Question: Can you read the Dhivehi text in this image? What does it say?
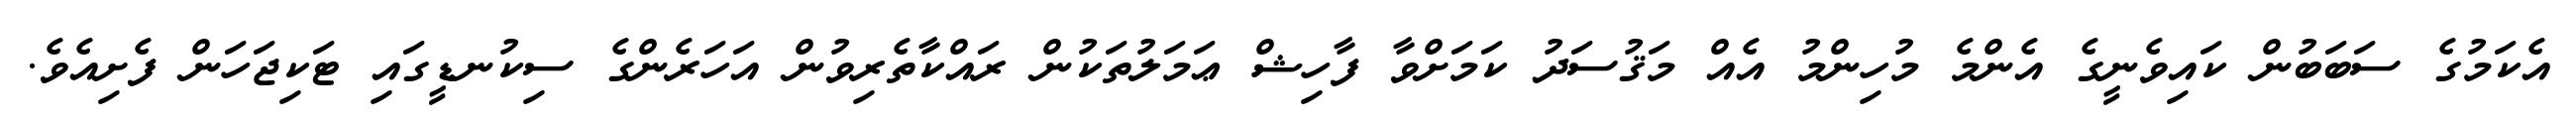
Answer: އެކަމުގެ ސަބަބުން ކައިވެނީގެ އެންމެ މުހިންމު އެއް މަޤުސަދު ކަމަށްވާ ފާހިޝް ޢަމަލުތަކުން ރައްކާތެރިވުން އަހަރެންގެ ސިކުނޑީގައި ޓަކިޖަހަން ފެށިއެވެ.